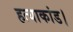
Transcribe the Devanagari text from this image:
हत्याकांड।